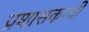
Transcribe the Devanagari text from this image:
प्रशासकाची